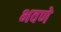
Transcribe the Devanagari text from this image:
भवणे